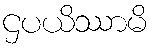
ဌပယိဿာမိ